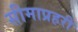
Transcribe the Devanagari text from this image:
सीमाप्रहरी